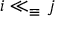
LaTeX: i \ll _ { \equiv } j